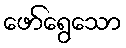
ဖော်ရွေသော